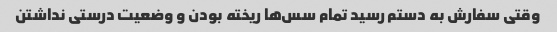
وقتی سفارش به دستم رسید تمام سس‌ها ریخته بودن و وضعیت درستی نداشتن